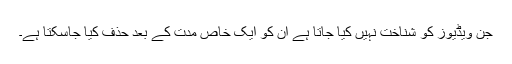
جن ویڈیوز کو شناخت نہیں کیا جاتا ہے ان کو ایک خاص مدت کے بعد حذف کیا جاسکتا ہے۔